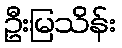
ဦးမြသိန်း